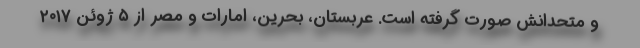
و متحدانش صورت گرفته است. عربستان، بحرین، امارات و مصر از ۵ ژوئن ۲۰۱۷